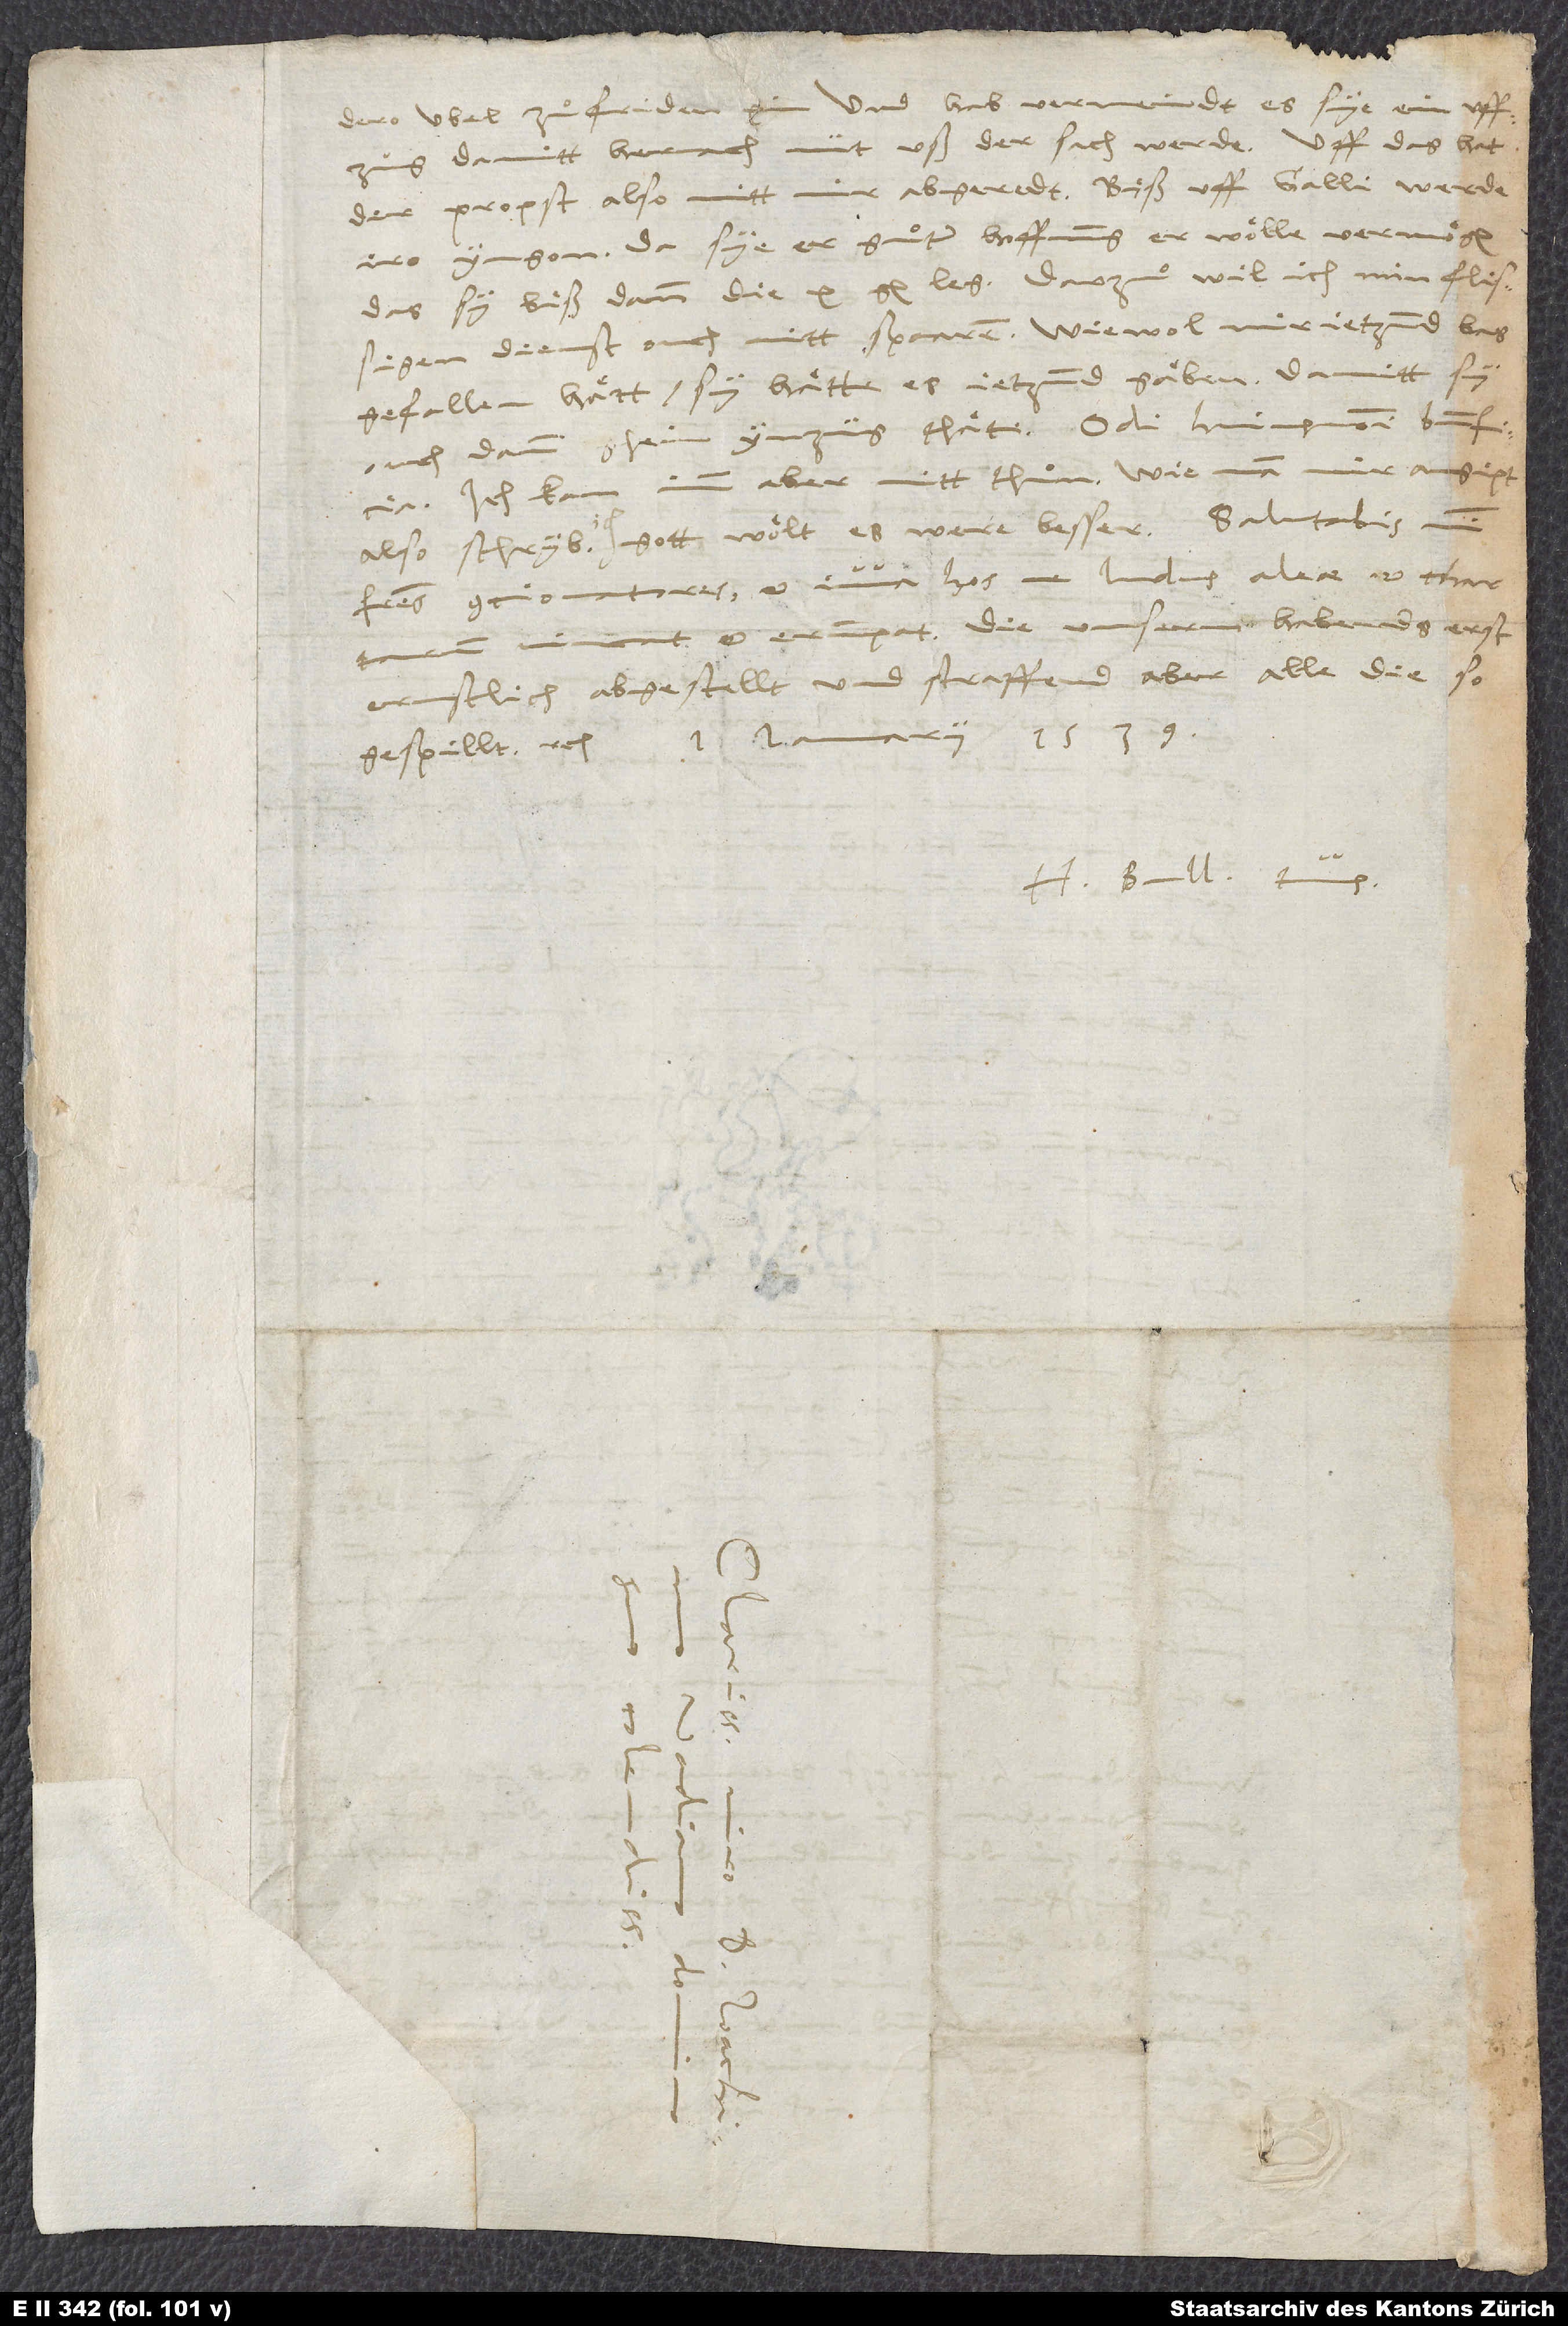
dero übel zuͦfriden xin und hab vermeindt, es sye ein uffzug,
damitt hernach nüt uß der sach werde. Uff das hat
der propst also mitt mir abgeredt: biß uff Galli werde
iro yngon. Da sye er guͦter hoffnung er wolle vermögen,
das sy biß dann die 10 gl. leg. Darz wil ich min flissigen
dienst ouch nitt spaaren; wiewol mir ietzund bas
gefallen hätt, sy hätte es ietzund gäben, damitt sy
ouch dann ghein ynzüg thäte. Odi huiusmodi beneficia.
Ich kan im aber nitt thuͦn. Wie man mir angipt,
also schryb ich. Gott wölt, es were besser. Salutabis mihi
fratres contionatores et iuva hos, ne ludus aleae et chartarum
vincat et erumpat. Die unsern habends erst
ernstlich abgestellt und straffend aber alle, die so
gespillt etc. 1. Ianuarii 1539.